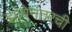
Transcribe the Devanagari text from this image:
झोपेनंतरची